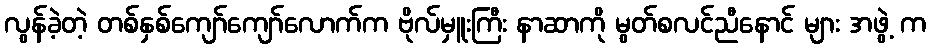
လွန်ခဲ့တဲ့ တစ်နှစ်ကျော်ကျော်လောက်က ဗိုလ်မှူးကြီး နာဆာကို မွတ်စလင်ညီနောင် များ အဖွဲ့ က